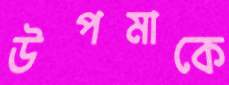
উপমাকে